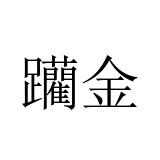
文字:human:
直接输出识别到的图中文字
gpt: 躪金